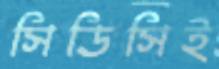
সিডিসিই